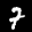
Label: 7